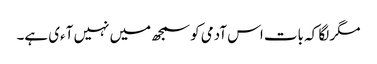
مگر لگا کہ بات اس آدمی کو سمجھ میں نہیں آءی ہے۔